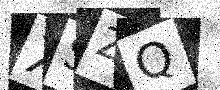
Text: XSZQ